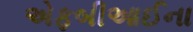
એફબીઆઈના